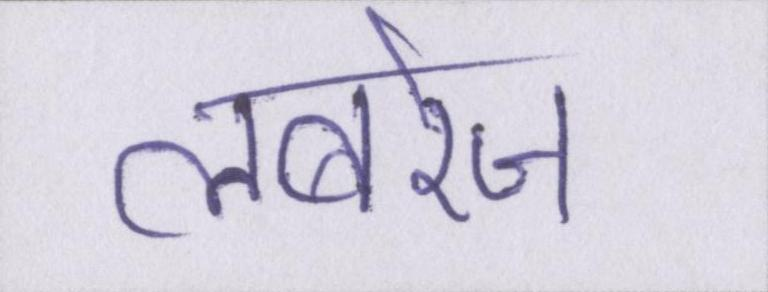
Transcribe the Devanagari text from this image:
लबरेज